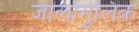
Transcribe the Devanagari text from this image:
जालांगुलिक